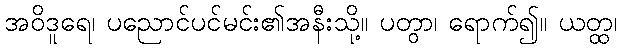
အဝိဒူရေ၊ ပညောင်ပင်မင်း၏အနီးသို့။ ပတွာ၊ ရောက်၍။ ယတ္ထ၊